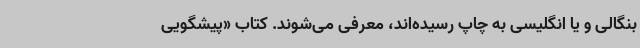
بنگالی و یا انگلیسی به چاپ رسیده‌اند، معرفی می‌شوند. کتاب «پیشگویی